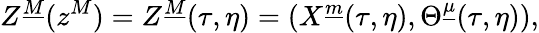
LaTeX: Z^{\underline{{M}}}(z^{M})=Z^{\underline{{M}}}(\tau,\eta)=\left(X^{\underline{{m}}}(\tau,\eta),\Theta^{\underline{{\mu}}}(\tau,\eta)\right),